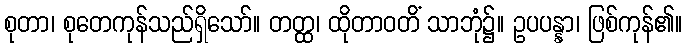
စုတာ၊ စုတေကုန်သည်ရှိသော်။ တတ္ထ၊ ထိုတာဝတိံ သာဘုံ၌။ ဥပပန္နာ၊ ဖြစ်ကုန်၏။